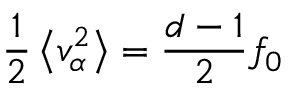
\frac { 1 } { 2 } \left\langle v _ { \alpha } ^ { 2 } \right\rangle = \frac { d - 1 } { 2 } f _ { 0 }